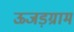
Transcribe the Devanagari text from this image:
ऊजड़ग्राम